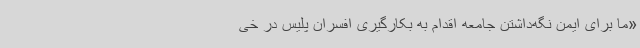
«ما برای ایمن نگه‌داشتن جامعه اقدام به بکارگیری افسران پلیس در خی